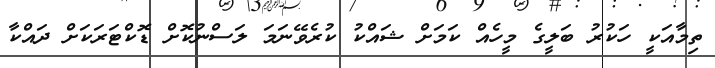
ތިމާއަކީ ހަކުރު ބަލީގެ މީހެއް ކަމަށް ޝައްކު ކުރެވޭނަމަ ލަސްނުކޮށް ޑޮކްޓަރަކަށް ދައްކާ